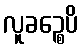
လူခဉ္စေပိ